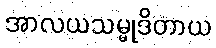
အာလယသမ္မုဒိတာယ